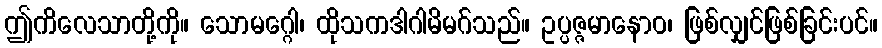
ဤကိလေသာတို့ကို။ သောမဂ္ဂေါ၊ ထိုသကဒါဂါမိမဂ်သည်။ ဥပ္ပဇ္ဇမာနောဝ၊ ဖြစ်လျှင်ဖြစ်ခြင်းပင်။